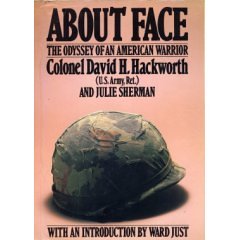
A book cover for About Face: Odyssey of an American Warrior; David H. Hackworth; History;